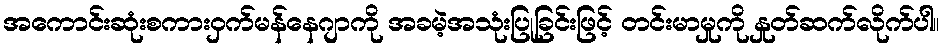
အကောင်းဆုံးစကားဝှက်မန်နေဂျာကို အခမဲ့အသုံးပြုခြင်းဖြင့် တင်းမာမှုကို နှုတ်ဆက်လိုက်ပါ။